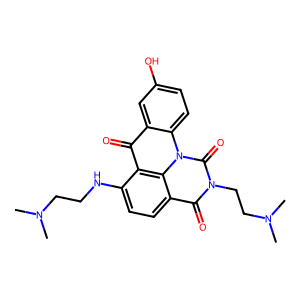
SMILES: CN(C)CCNc1ccc2c(=O)n(CCN(C)C)c(=O)n3c4ccc(O)cc4c(=O)c1c23
Inhibits HIV replication: No